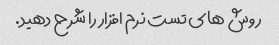
روش های تست نرم افزار را شرح دهید.